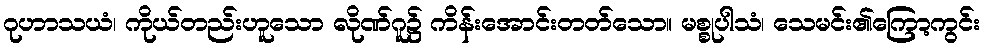
ဂုဟာသယံ၊ ကိုယ်တည်းဟူသော လိုဏ်ဂူ၌ ကိန်းအောင်းတတ်သော။ မစ္စုပါသံ၊ သေမင်း၏ကြော့ကွင်း